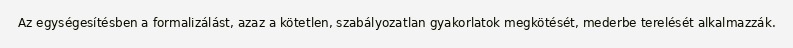
Az egységesítésben a formalizálást, azaz a kötetlen, szabályozatlan gyakorlatok megkötését, mederbe terelését alkalmazzák.